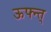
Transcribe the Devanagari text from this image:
ऊफ्न्त्